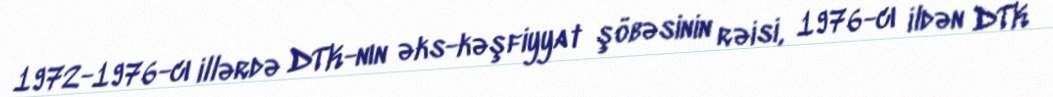
1972-1976-cı illərdə DTK-nın əks-kəşfiyyat şöbəsinin rəisi, 1976-cı ildən DTK